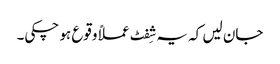
جان لیں کہ یہ شِفٹ عملاً وقوع ہو چکی۔